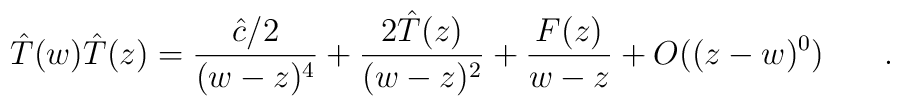
\hat{T}(w)\hat{T}(z)=\frac{\hat{c}/2}{(w-z)^4} + \frac{2 \hat{T}(z)}{(w-z)^2} + \frac{F(z)}{w-z}+O((z-w)^0) \hspace{.3in}.